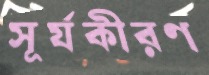
সূর্যকীরণ